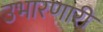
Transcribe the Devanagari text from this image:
उभारणारी